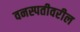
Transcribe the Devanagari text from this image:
वनस्पतीवरील